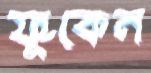
ফুঁকেন